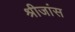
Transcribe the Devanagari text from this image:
श्रीजांस